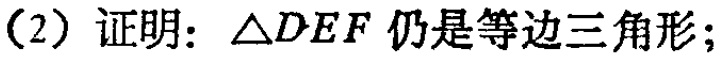
(2) 证明：$\triangle DEF$ 仍是等边三角形；